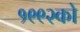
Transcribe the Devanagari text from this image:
१९९२को